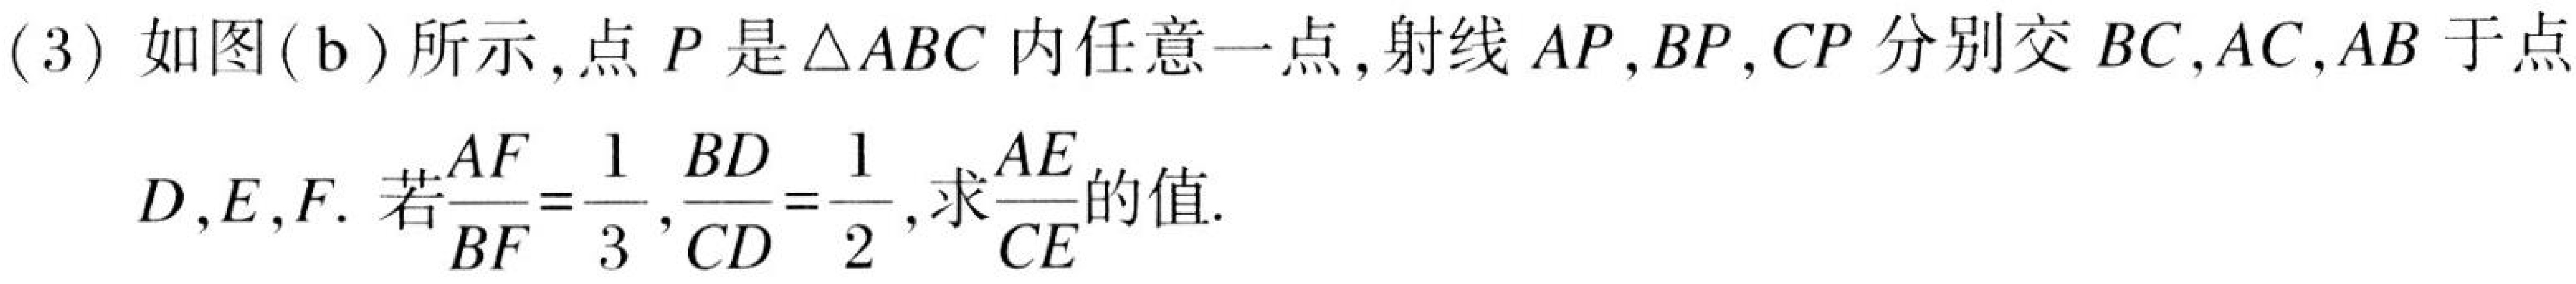
(3) 如图(b)所示,点 \(P\) 是 \(\triangle ABC\) 内任意一点,射线 \(AP\),\(BP\),\(CP\) 分别交 \(BC\),\(AC\),\(AB\) 于点
\(D\),\(E\),\(F\). 若\(\frac{AF}{BF}=\frac{1}{3}\),\(\frac{BD}{CD}=\frac{1}{2}\),求\(\frac{AE}{CE}\)的值.